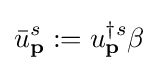
{\bar {u}}_{\textbf {p}}^{s}:=u_{\textbf {p}}^{\dagger s}\beta